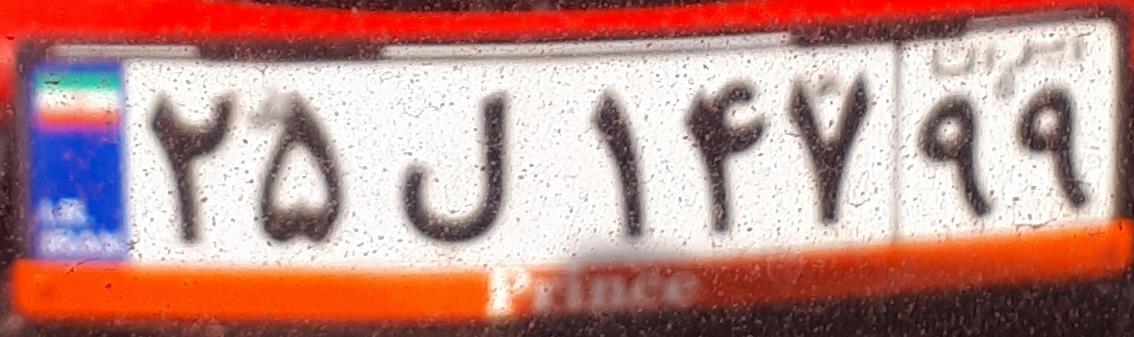
۲۵ل۱۴۷۹۹